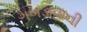
ગબડાવાની